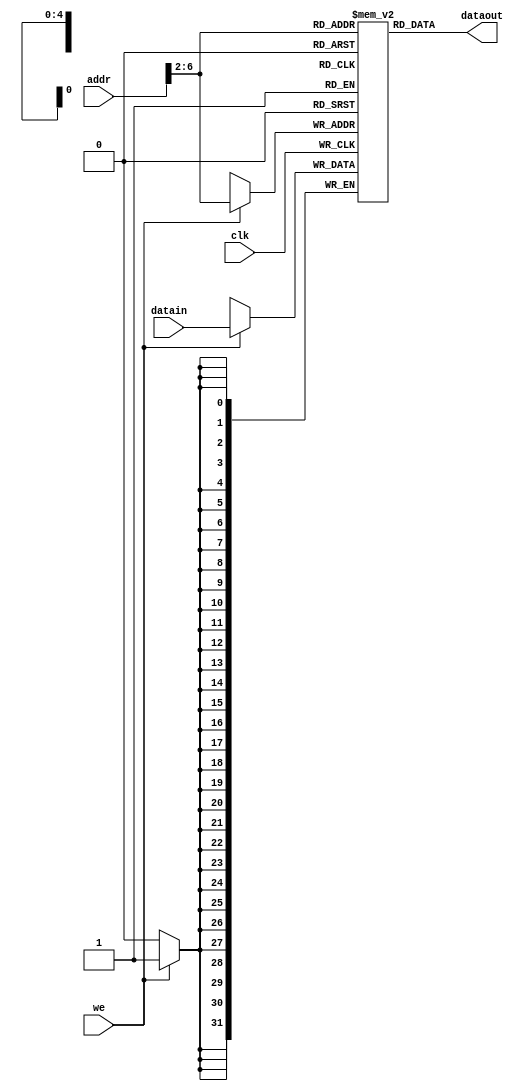
module pl_datamem (addr,datain,we,clk,dataout); // data memory, ram
    input         clk;                   // clock
    input         we;                    // write enable
    input  [31:0] datain;                // data in (to memory)
    input  [31:0] addr;                  // ram address
    output [31:0] dataout;               // data out (from memory)
    reg    [31:0] ram [0:31];            // ram cells: 32 words * 32 bits
    assign dataout = ram[addr[6:2]];     // use word address to read ram
    always @ (posedge clk)
        if (we) ram[addr[6:2]] = datain; // use word address to write ram
    integer i;
    initial begin                        // initialize memory
        for (i = 0; i < 32; i = i + 1)
            ram[i] = 0;
        // ram[word_addr] = data         // (byte_addr) item in data array
        ram[5'h14] = 32'h000000f2;       // (50)  data[0]
        ram[5'h15] = 32'h0000000e;       // (54)  data[1]
        ram[5'h16] = 32'h00000200;       // (58)  data[2]
        ram[5'h17] = 32'hffffffff;       // (5c)  data[3]
        // ram[5'h18] the sum stored by sw instruction
    end
endmodule